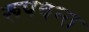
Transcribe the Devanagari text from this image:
रूपवन्त